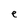
Character: e